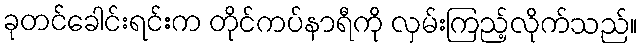
ခုတင်ခေါင်းရင်းက တိုင်ကပ်နာရီကို လှမ်းကြည့်လိုက်သည်။